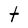
Character: t